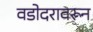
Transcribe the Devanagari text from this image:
वडोदरावरून